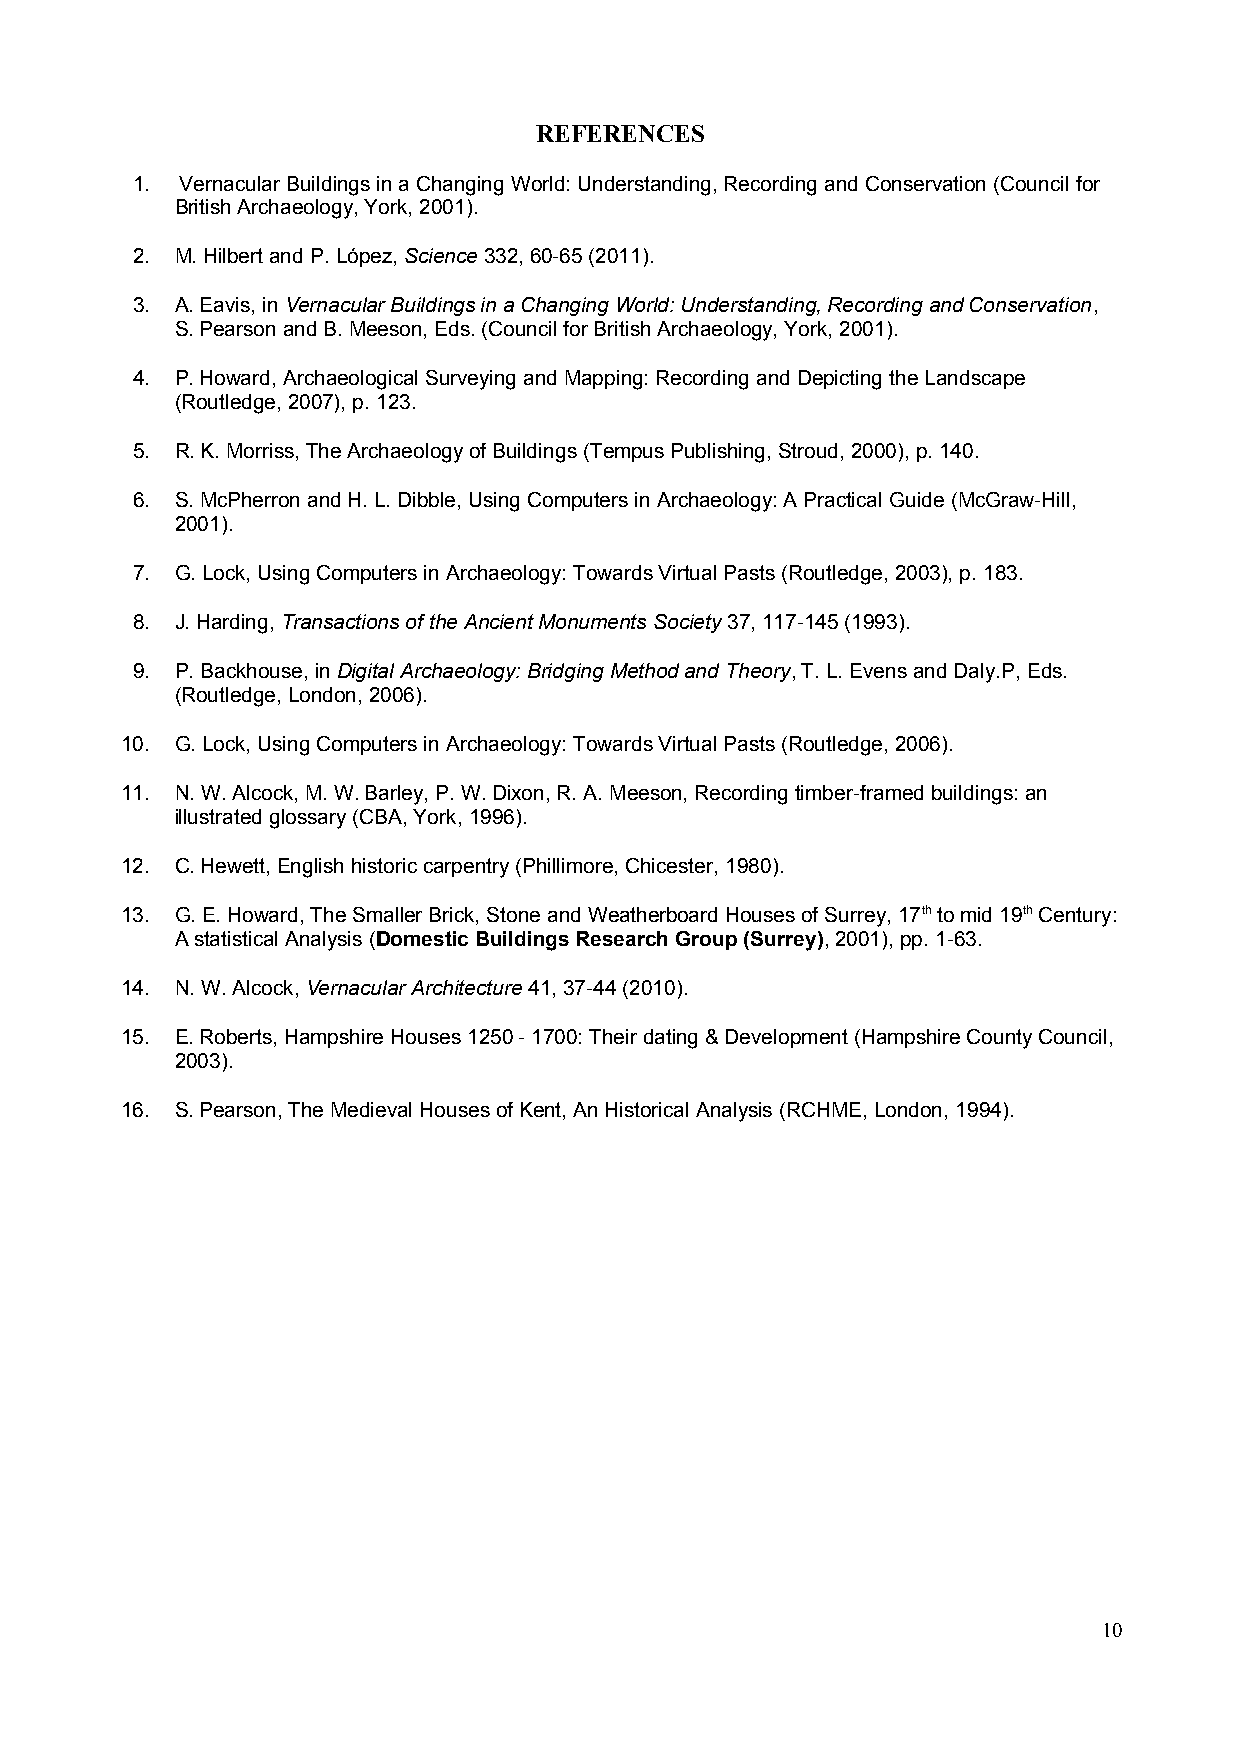
REFERENCES
 1. Vernacular Buildings in a Changing World: Understanding, Recording and Conservation (Council for
 British Archaeology, York, 2001).
 2. M. Hilbert and P. López, Science 332, 60-65 (2011).
 3. A. Eavis, in Vernacular Buildings in a Changing World: Understanding, Recording and Conservation,
 S. Pearson and B. Meeson, Eds. (Council for British Archaeology, York, 2001).
 4. P. Howard, Archaeological Surveying and Mapping: Recording and Depicting the Landscape
 (Routledge, 2007), p. 123.
 5. R. K. Morriss, The Archaeology of Buildings (Tempus Publishing, Stroud, 2000), p. 140.
 6. S. McPherron and H. L. Dibble, Using Computers in Archaeology: A Practical Guide (McGraw-Hill,
 2001).
 7. G. Lock, Using Computers in Archaeology: Towards Virtual Pasts (Routledge, 2003), p. 183.
 8. J. Harding, Transactions of the Ancient Monuments Society 37, 117-145 (1993).
 9. P. Backhouse, in Digital Archaeology: Bridging Method and Theory, T. L. Evens and Daly.P, Eds.
 (Routledge, London, 2006).
 10. G. Lock, Using Computers in Archaeology: Towards Virtual Pasts (Routledge, 2006).
 11. N. W. Alcock, M. W. Barley, P. W. Dixon, R. A. Meeson, Recording timber-framed buildings: an
 illustrated glossary (CBA, York, 1996).
 12. C. Hewett, English historic carpentry (Phillimore, Chicester, 1980).
 13. G. E. Howard, The Smaller Brick, Stone and Weatherboard Houses of Surrey, 17th to mid 19th Century:
 A statistical Analysis (Domestic Buildings Research Group (Surrey), 2001), pp. 1-63.
 14. N. W. Alcock, Vernacular Architecture 41, 37-44 (2010).
 15. E. Roberts, Hampshire Houses 1250 - 1700: Their dating & Development (Hampshire County Council,
 2003).
 16. S. Pearson, The Medieval Houses of Kent, An Historical Analysis (RCHME, London, 1994).
 10